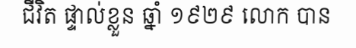
ជីវិត ផ្ទាល់ខ្លួន ឆ្នាំ ១៩២៩ លោក បាន